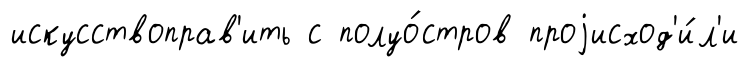
искусствоправ'ить с полуо́стров проjисход'и́л'и